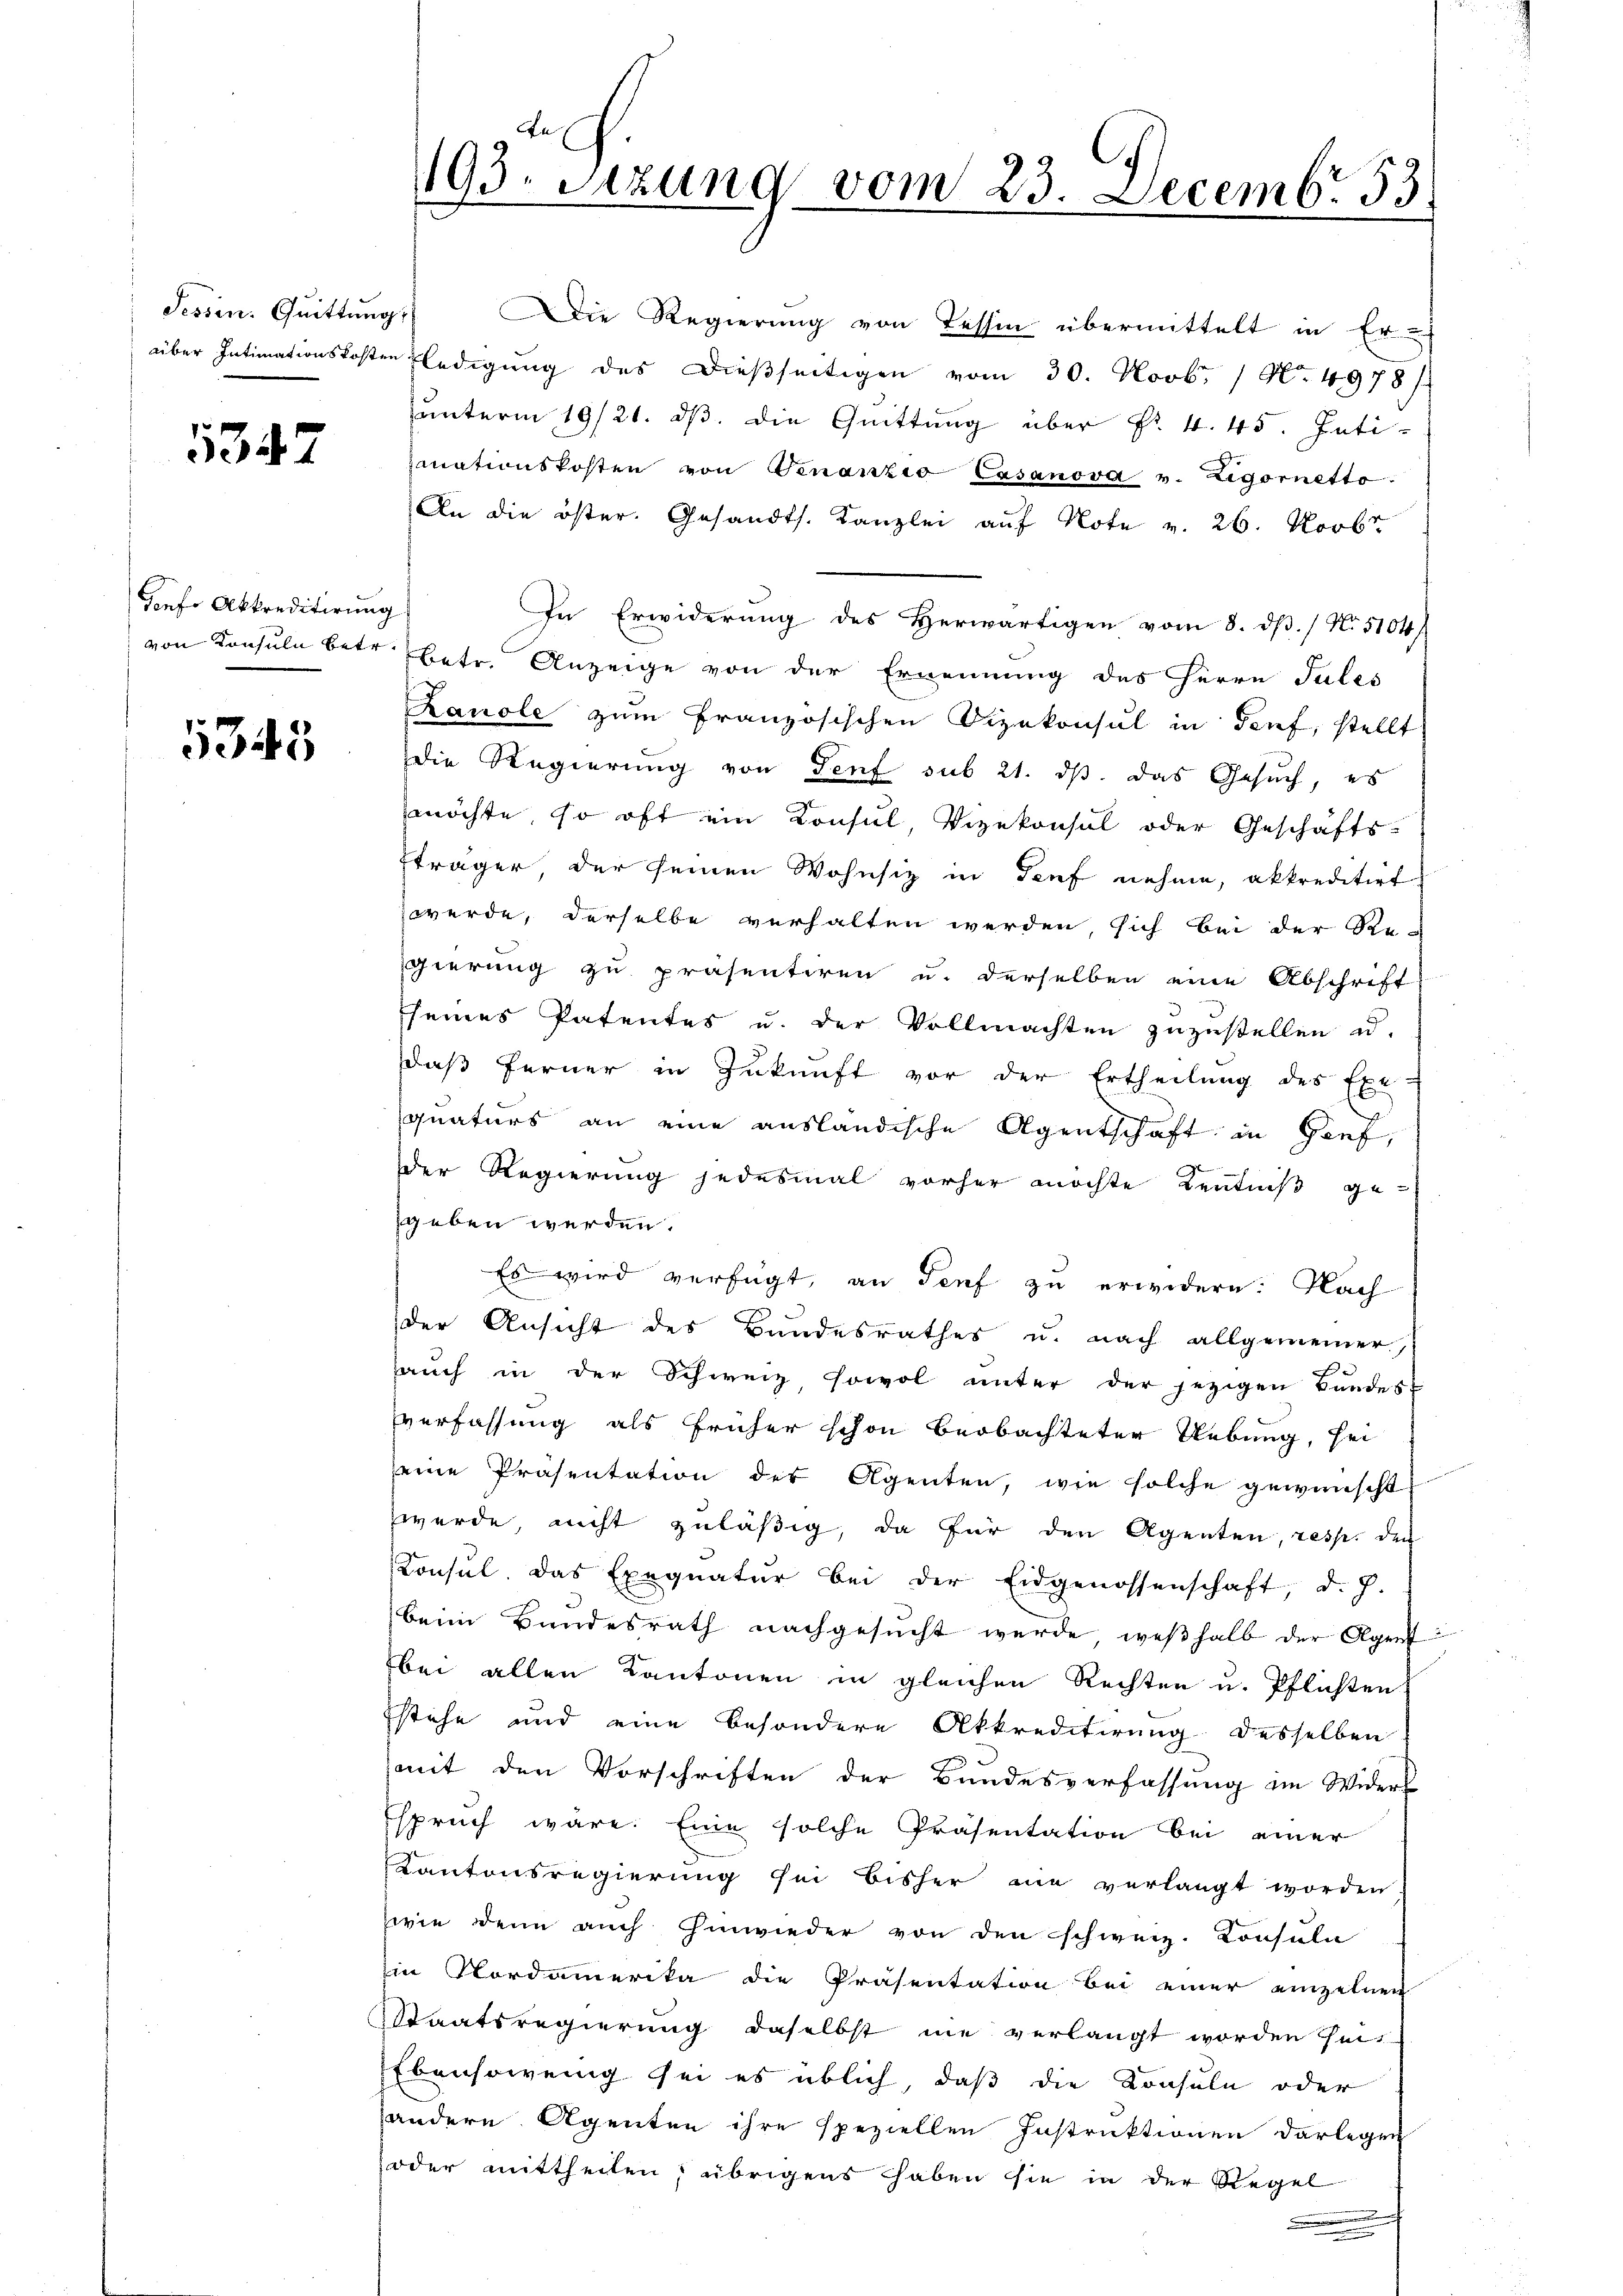
Tessin. Quittung

1347

Sonfe Abkreditirung

535

Die Regierung von Tessin übermittelt in Er-
über Intimationskosten ledigŭng des dießseitigen vom 30. Novb. 1 No 4978/
ŭnterm 19/21. dβ. die Quittung über Fr. 4. 45. Intimnationskosten von Genanzio Casanova v. Rigornetto.
An die öster. Gesandts. Kanzlei auf Note v. 26. Novbr
In Erwiderung des Herwärtigen vom 8. dβ. / No. 5104
von Konsuln betr. betr. Anzeige von der Ernennung des Herrn Jules
Zauole zum Französischen Vizekonsul in Brief, stellt
die Regierung von Genf sub 21. dβ das Gesuch, es
möchte, so oft ein Konsul, Vizekonsul oder Geschäfts-
fträger, der seinen Wohnsiz in Genf nehme, akkreditirt
werde, derselbe verhalten werden, sich bei der Re-
gierung zu präsentiren u. derselben eine Abschrift
seines Patentes u. der Vollmachten zuzustellen u.
daß ferner in Zukunft vor der Ertheilung des Exe-
quaturs an eine ausländische Agentschaft in Genf,
der Regierung jedesmal vorher möchte Kenntniß gegeben werden.
Es wird verfügt, an Genf zu erwidern: Nach
der Ansicht des Bundesrathes u. nach allgemeiner,
auch in der Schweiz, sowol unter der jezigen Bandes-
verfassung als früher schon beobachteter Uebung, sei
seine Präsentation der Agenten, wie solche gewünscht
werde, nicht zuläßig, da für den Agenten, resp. den
Konsul. Das Exequatur bei der Eidgenossenschaft, d. J.
beim Bundesrath nachgesŭcht werde, weshalb der Agent
bei allen Kantonen in gleichen Rechten u. Pflichten
stehe und eine besondere Akkreditirung desselben
mit den Vorschriften der Bundesverfassung im Widers
Espruch wäre. Eine solche Präsentation bei einer
Kantonsregierung sei bisher am verlangt worden
zwie denn auch Einwieder von den schweiz. Konsula
Ein Nordamerika die Präsentation bei einer einzelnen
Staatsregierung daselbst nie verlangt worden seit
Ebensowenig sei es üblich, daß die Konsuln oder
andern Agenten ihre speziellen Instruktionen darlegen
oder mittheilen, übrigens haben sie in der Regel
e
.

193. Sitzung vom 23. Decembr 53